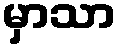
မှာသာ